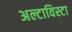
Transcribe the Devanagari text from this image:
अल्टाविस्टा